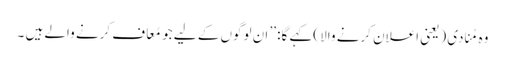
وہ مُنادی (یعنی اعلان کرنے والا )کہے گا: ’’ ان لوگوں کے لیے جو مُعاف کرنے والے ہیں ۔